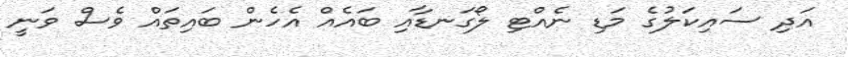
އަދި ސައިކަލުގެ މަޑި ނެއްޓި ލޯގަނޑާއި ބައެއް އެހެން ބައިތައް ވެސް ވަނީ